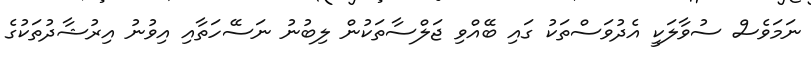
ނަމަވެސް ސުވާލަކީ އެދުވަސްތަކު ގައި ބޭއްވި ޖަލްސާތަކުން ލިބުނު ނަސޭހަތާއި އިވުނު އިރުޝާދުތަކުގެ